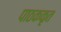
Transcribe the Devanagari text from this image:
पाठककृत